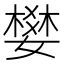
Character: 𡡴